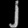
Digit: ၂